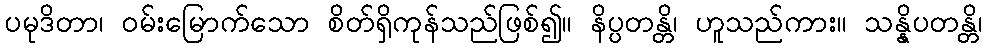
ပမုဒိတာ၊ ဝမ်းမြောက်သော စိတ်ရှိကုန်သည်ဖြစ်၍။ နိပ္ပတန္တိ၊ ဟူသည်ကား။ သန္နိပတန္တိ၊